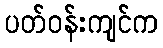
ပတ်ဝန်းကျင်က